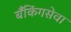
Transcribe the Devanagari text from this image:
बँकिंगसेवा